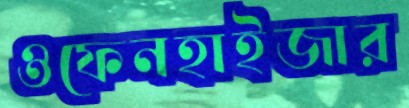
ওফেনহাইজার